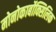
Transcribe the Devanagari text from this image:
मोनोकार्बोक्सिलिक